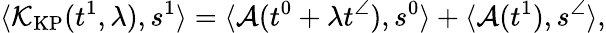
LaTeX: \langle\mathcal{K}_{\mathrm{KP}}(t^{1},\lambda),s^{1}\rangle=\langle\mathcal{A}(t^{0}+\lambda t^{\angle}),s^{0}\rangle+\langle\mathcal{A}(t^{1}),s^{\angle}\rangle,